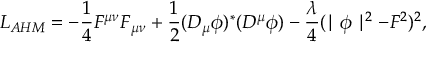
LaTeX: L _ { A H M } = - { \frac { 1 } { 4 } } F ^ { \mu \nu } F _ { \mu \nu } + { \frac { 1 } { 2 } } ( D _ { \mu } \phi ) ^ { * } ( D ^ { \mu } \phi ) - { \frac { \lambda } { 4 } } ( \mid \phi \mid ^ { 2 } - F ^ { 2 } ) ^ { 2 } ,